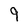
Character: 9